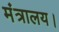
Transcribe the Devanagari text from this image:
मंत्रालय।